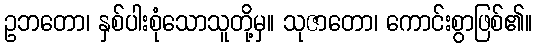
ဥဘတော၊ နှစ်ပါးစုံသောသူတို့မှ။ သုဇာတော၊ ကောင်းစွာဖြစ်၏။